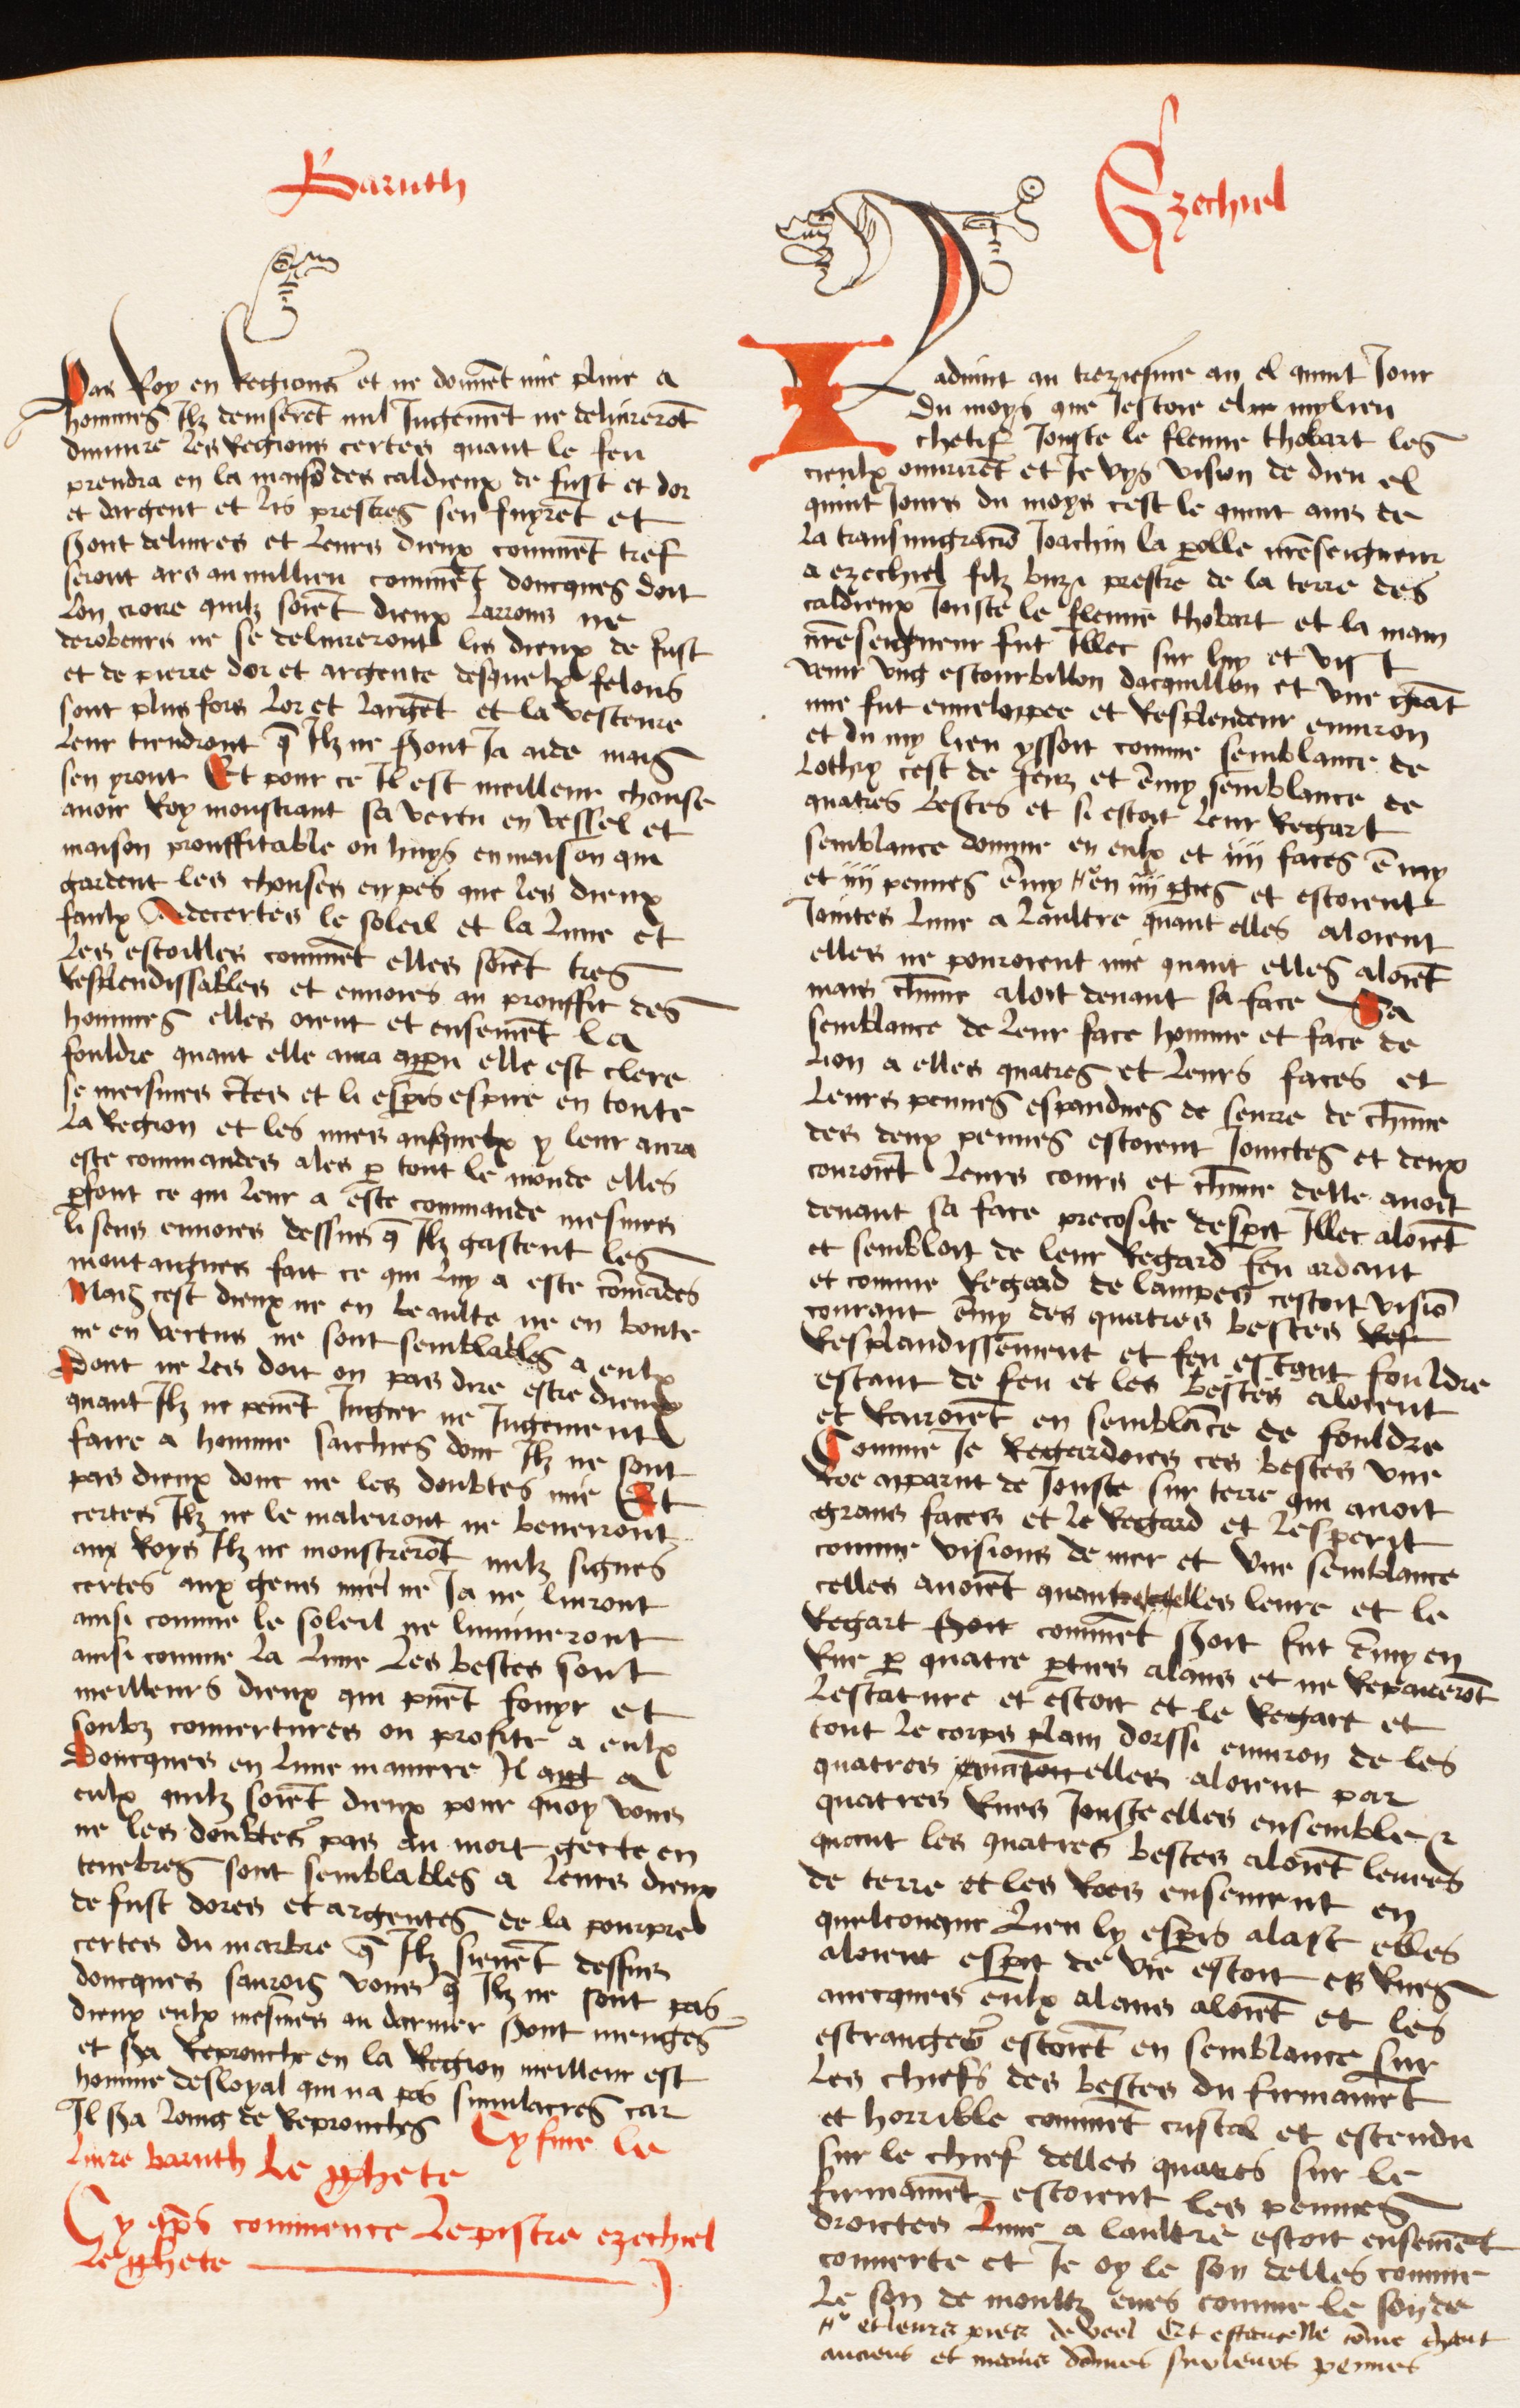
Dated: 1474–1474